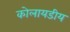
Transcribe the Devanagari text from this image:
कोलायडीय